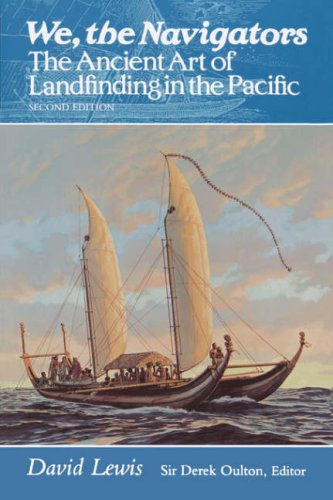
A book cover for We, the Navigators: The Ancient Art of Landfinding in the Pacific (Revised); David Lewis; History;